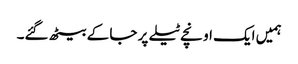
ہمیں ایک اونچے ٹیلے پر جا کے بیٹھ گئے۔